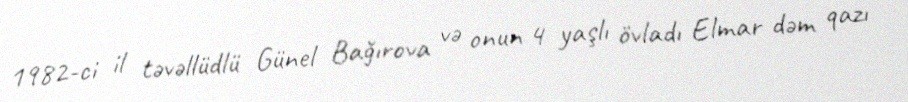
1982-ci il təvəllüdlü Günel Bağırova və onun 4 yaşlı övladı Elmar dəm qazı